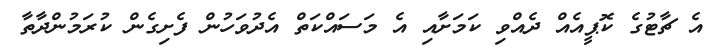
އެ ޗާޓުގެ ކޮޕީއެއް ދެއްވި ކަމަށާއި އެ މަސައްކަތް އެދުވަހުން ފެށިގެން ކުރަމުންދާތާ